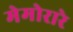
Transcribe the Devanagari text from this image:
मेमोरारे